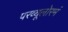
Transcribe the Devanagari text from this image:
परव्यूलोरमं